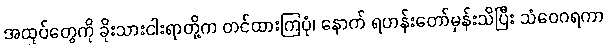
အထုပ်တွေကို ခိုးသားငါးရာတို့က တင်ထားကြပုံ၊ နောက် ရဟန်းတော်မှန်းသိပြီး သံဝေဂရကာ